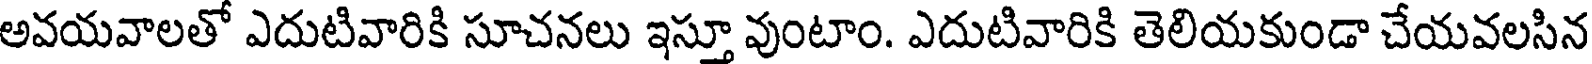
అవయవాలతో ఎదుటివారికి సూచనలు ఇస్తూ వుంటాం. ఎదుటివారికి తెలియకుండా చేయవలసిన